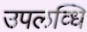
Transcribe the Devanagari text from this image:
उपलव्धि